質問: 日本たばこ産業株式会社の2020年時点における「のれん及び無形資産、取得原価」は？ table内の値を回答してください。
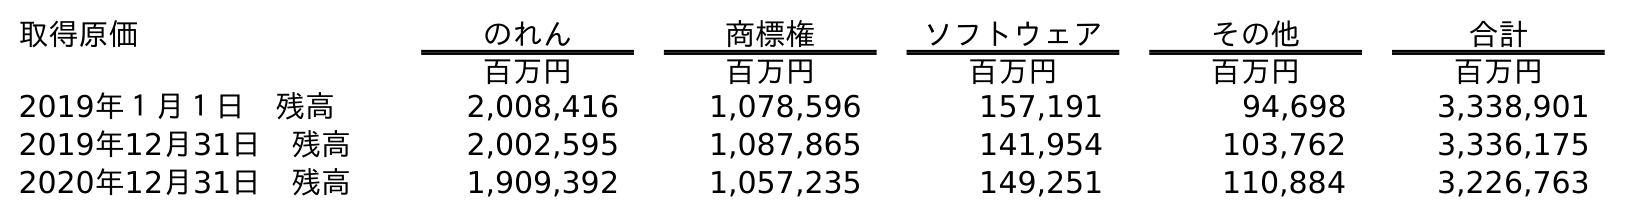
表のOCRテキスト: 取得原価 のれん 商標権 ソフトウェア その他 合計 百万円 百万円 百万円 百万円 百万円 2019年１月１日 残高 2,008,416 1,078,596 157,191 94,698 3,338,901 2019年12月31日 残高 2,002,595 1,087,865 141,954 103,762 3,336,175 2020年12月31日 残高 1,909,392 1,057,235 149,251 110,884 3,226,763
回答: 3,226,763